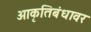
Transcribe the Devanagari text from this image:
आकृतिबंधावर